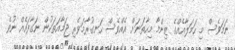
ނަމަވެސް މި ހަމަލާއެއްގެ ޒިންމާ މިހާތަނަށް އެއްވެސް ހަނގުރާމަވެރި ޖަމާއަތަކުން ނަގާފައެއް ނުވެ